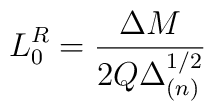
L_0^R=\frac{\Delta M}{2Q\Delta_{(n)}^{1/2}}